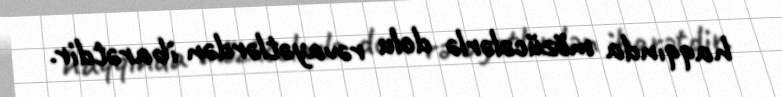
haqqında mözücələrlə dolu rəvayətlərdən ibarətdir.